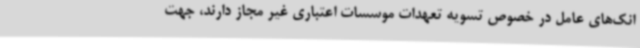
انک‌های عامل در خصوص تسویه تعهدات موسسات اعتباری غیر مجاز دارند، جهت